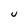
Character: u